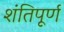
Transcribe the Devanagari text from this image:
शंतिपूर्ण